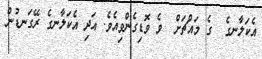
އެކަލާނގެ  ގެ މައްޗަށް  ވެ ވޮޑިގެންވިއެވެ. އަދި އެކަލާނގެ ރޭގަނޑުން